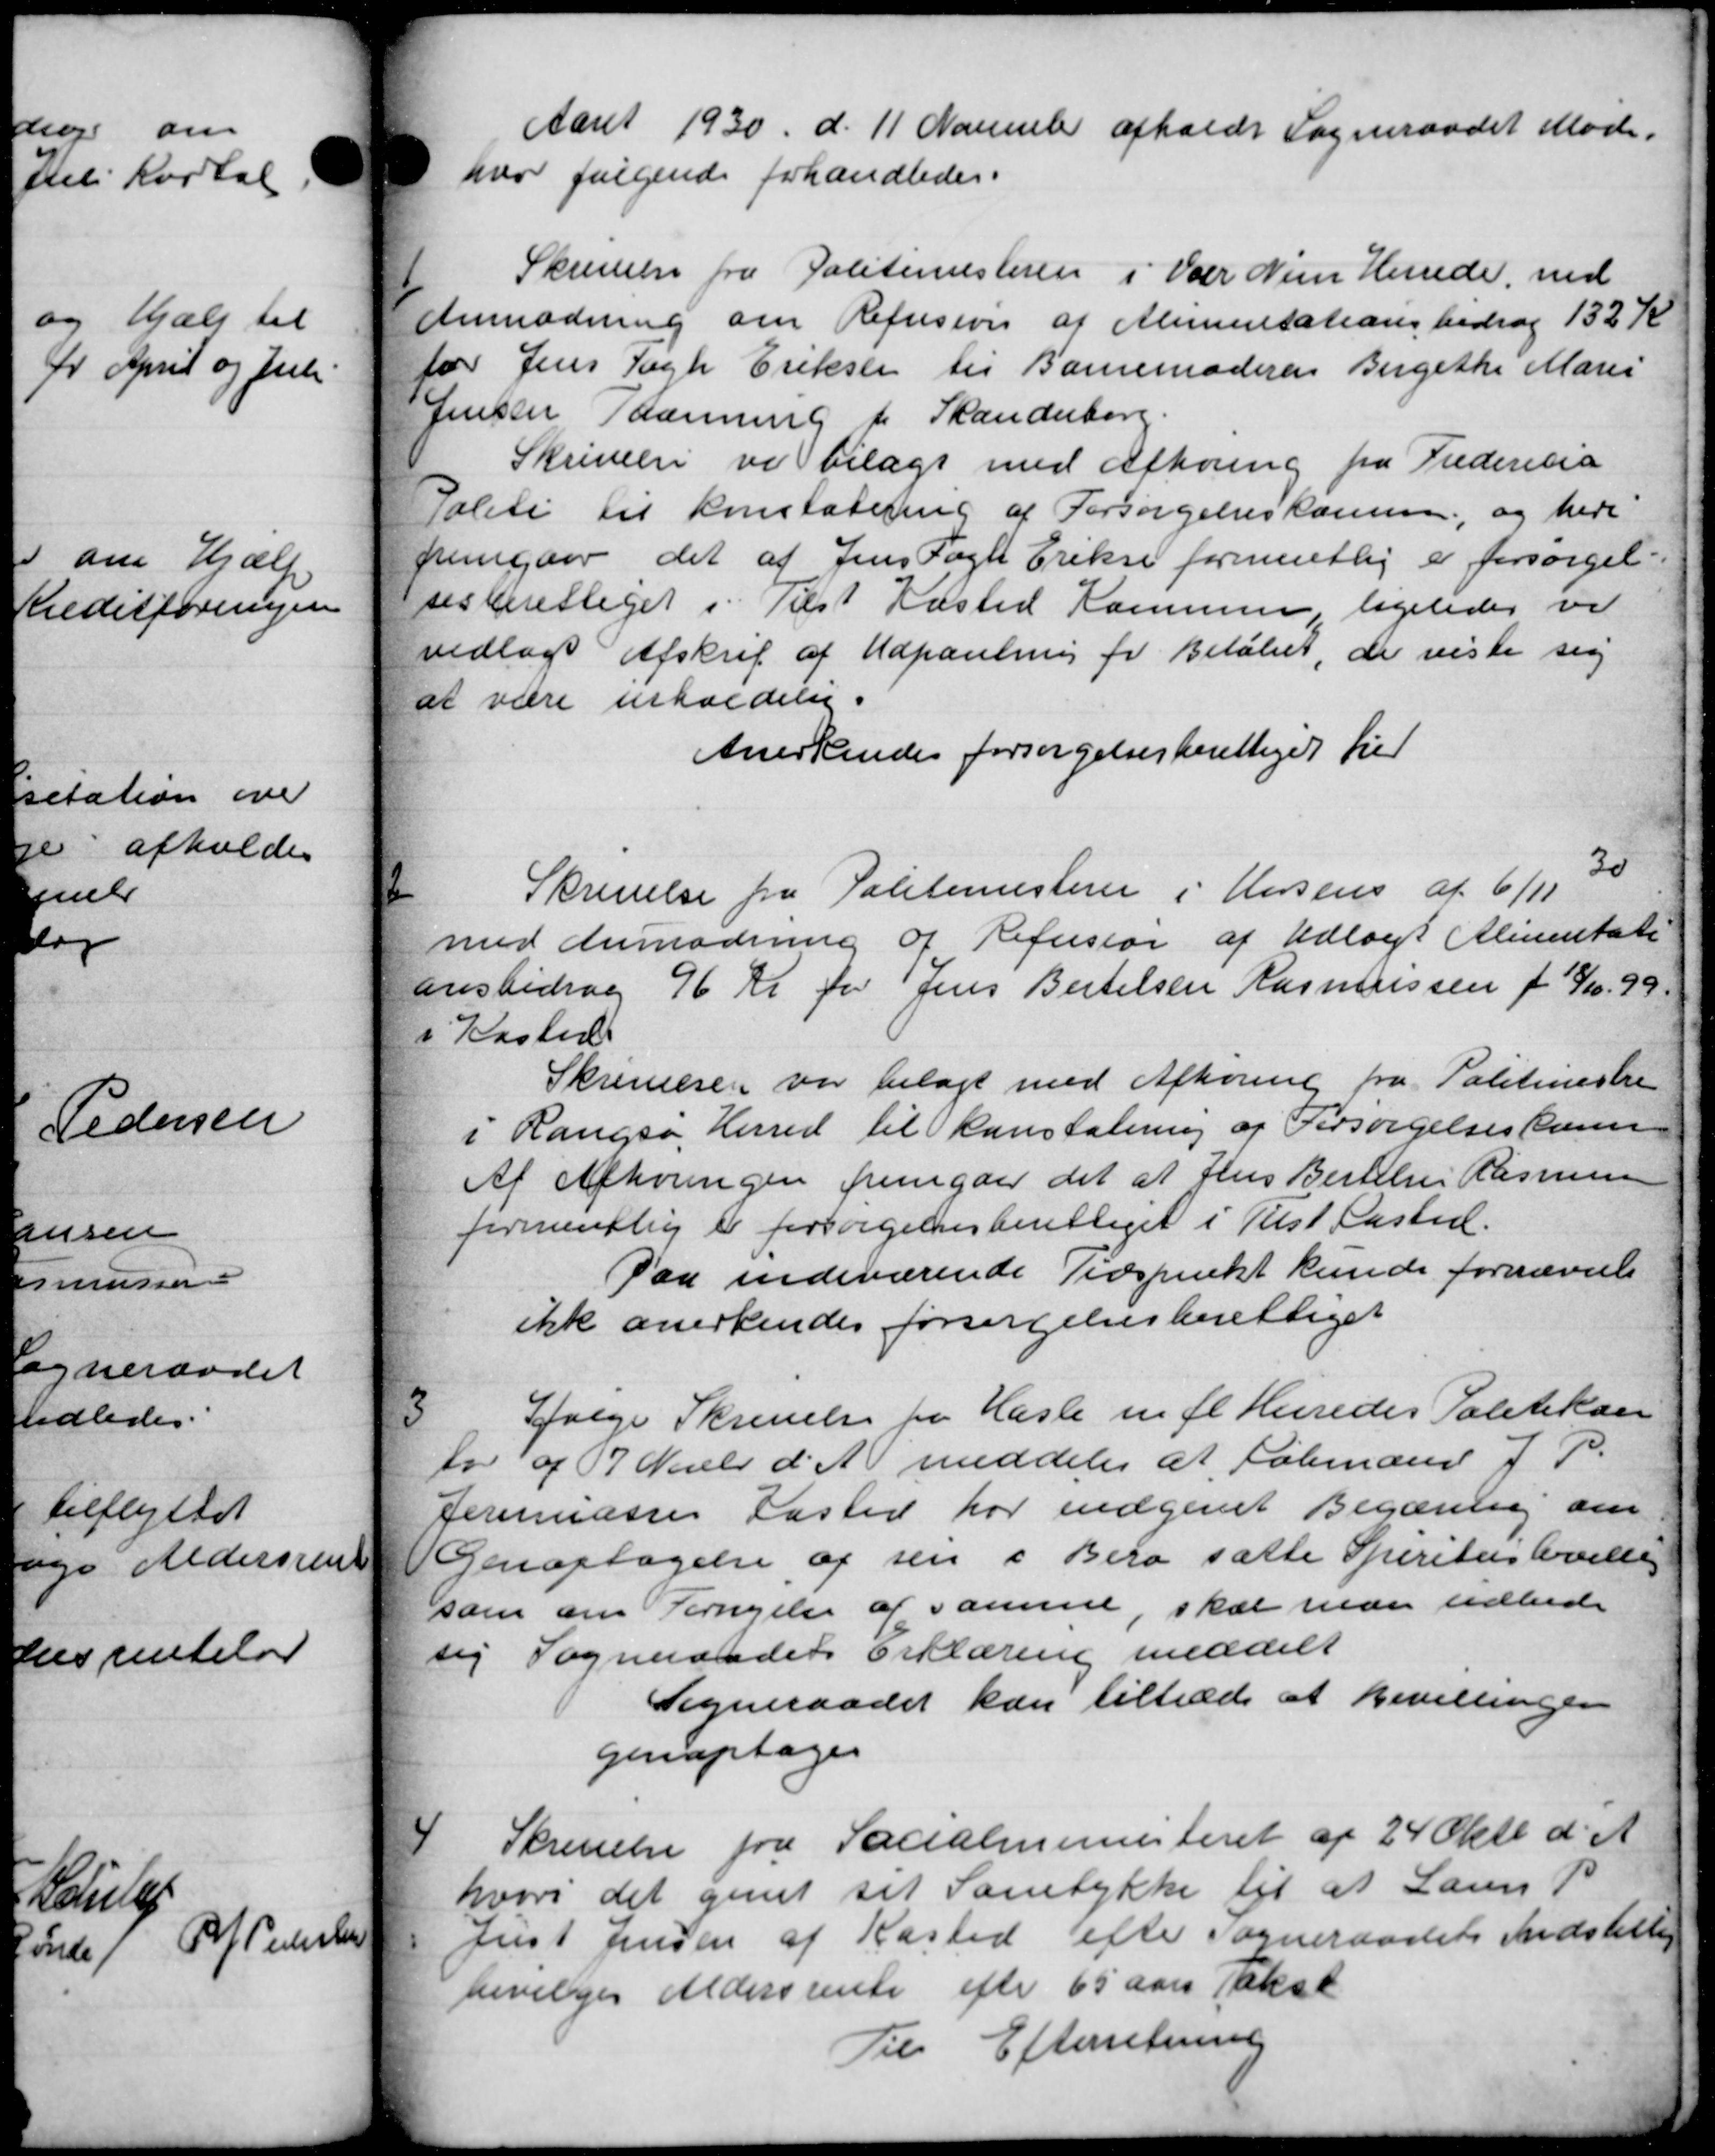
Transskription:
Aaret 1930 d. 11 November afholdt Sogneraadet Møde.
hvor følgende forhandledes.

Skrivelse fra Politimesteren i Var Nien Herrede, med
Anmodning om Refusion af Alimentationsbidrag 132 Kr
for Jens Tagh Eriksen til Barnemoderen Bergethe Marie
fenster Tanning for Skanderborg.
Skrivelse vi bilagt med Afhøring fra Fredericia
Politi til konstatering af Forsørgelseskomm., og here
fremgaar det af Jens Fagle Eriksen formentlig er forsørgel-
sesberettiget i Tilst Kasted Kommune, ligeledes vi
vedtage Afskrift af Udpantning for Beløbet, de viste sig
at være erholdelig.
Anerkendes forsørgelsesberettiget her

Skrivelse fra Politimesteren i Hersens af 6/11 30
med Anmodning af Refusion af Udlagt Alimentate
ensbidrag 96 Kr for Jens Bertelsen Rasmussen f. 18/10. 99.
i Kasted
Skrivelsen var bilagt med Afhøring fra Politimestre
i Raugsø Herred til konstalering af Forsørgelsesaren
Af Afhøringen fremgaar det at Jens Bertelser Rasmussen
formentlig er forsørgelsesberettiget i Tilst Kasted.
Paa indeværende Tidspunkt kunde fornævnte
ikk anerkendes forsørgelsesberettiget

Ifølge Skrivelse fra Hasle m fl. Herredes Politikan
to af 7 Novbr d. A meddeler at Købmand J. P.
Eremiasses Fasted har indgivet Begæring om
Genoptagelse af sin i Bera satte Spiritus beville
som om Fornyelse af samme, skal man udbede
sig Sogneraadets Erklæring meddelt
Sogneraadet kan tiltræde at bevillingen
genoptages

Skrivelse fra Socialministeriet af 24 Oktb. d. A.
hvori det givet sit Samtykke til at Lauens P
Just Jensen af Kasted efter Sogneraadets Indstilling
bevilges Aldersrente efter 65 Aars Takst
Til Efterretning